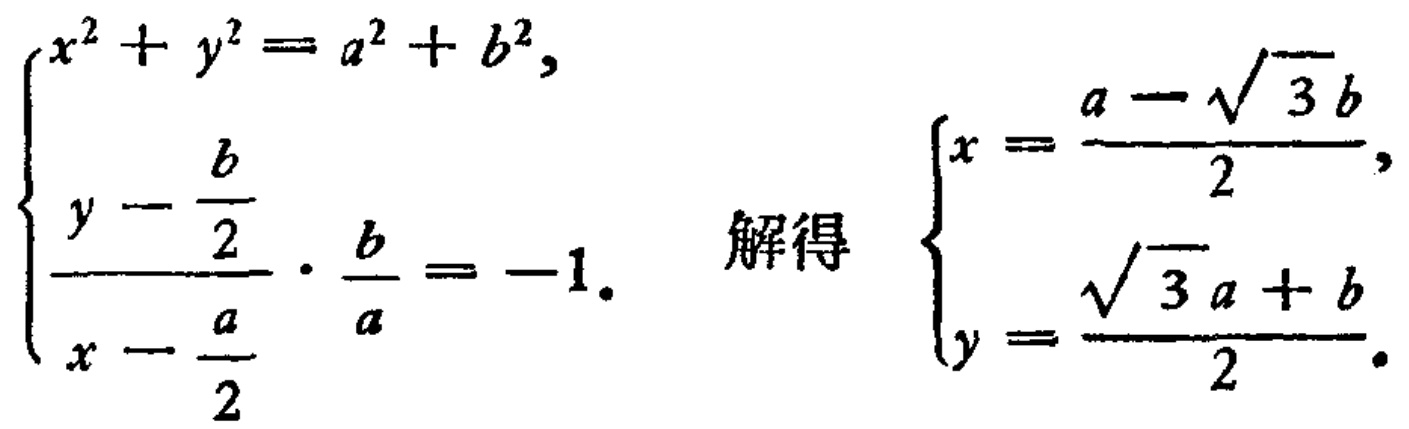
\(\begin{cases}
x^{2}+y^{2}=a^{2}+b^{2},\\
\frac{y - \frac{b}{2}}{x - \frac{a}{2}}\cdot\frac{b}{a}=-1.
\end{cases}\) 解得 \(\begin{cases}
x=\frac{a - \sqrt{3}b}{2},\\
y=\frac{\sqrt{3}a + b}{2}.
\end{cases}\)